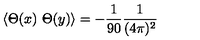
\langle \Theta ( x ) \ \Theta ( y ) \rangle = - \frac { 1 } { 9 0 } \frac { 1 } { ( 4 \pi ) ^ { 2 } }